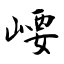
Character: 崾